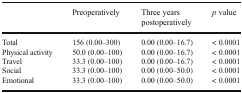
<table><thead><tr><td></td><td><b>Preoperatively</b></td><td><b>Three years postoperatively</b></td><td><b><i>p</i> value</b></td></tr></thead><tbody><tr><td>Total</td><td>156 (0.00–300)</td><td>0.00 (0.00–16.7)</td><td>&lt; 0.0001</td></tr><tr><td>Physical activity</td><td>50.0 (0.00–100)</td><td>0.00 (0.00–16.7)</td><td>&lt; 0.0001</td></tr><tr><td>Travel</td><td>33.3 (0.00–100)</td><td>0.00 (0.00–16.7)</td><td>&lt; 0.0001</td></tr><tr><td>Social</td><td>33.3 (0.00–100)</td><td>0.00 (0.00–50.0)</td><td>&lt; 0.0001</td></tr><tr><td>Emotional</td><td>33.3 (0.00–100)</td><td>0.00 (0.00–50.0)</td><td>&lt; 0.0001</td></tr></tbody></table>